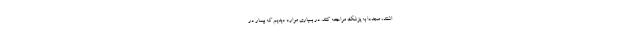
اشتند، مجددا به پزشک مراجعه کنند. در بسیاری موارد دیدیم که بیمار در